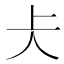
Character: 仧